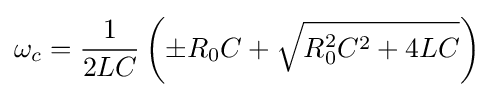
\omega _{c}={\frac {1}{2LC}}\left(\pm R_{0}C+{\sqrt {R_{0}^{2}C^{2}+4LC}}\right)